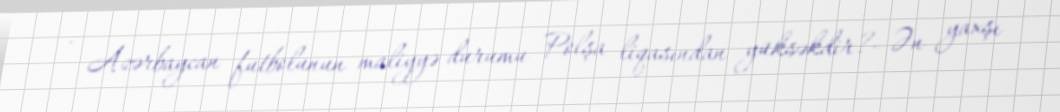
- Azərbaycan futbolunun maliyyə durumu Polşa liqasından yüksəkdir?- Ən yaxşı